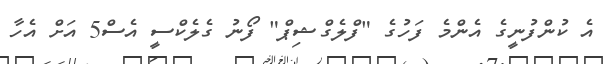
އެ ކުންފުނީގެ އެންމެ ފަހުގެ "ފްލެގްޝިޕް" ފޯނު ގެލެކްސީ އެސް5 އަށް އެހާ